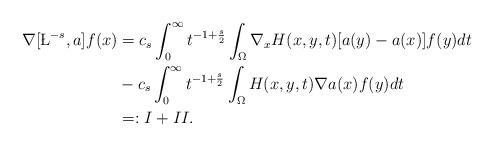
LaTeX: \begin{align*}\nabla [\L^{-s}, a] f(x)&=c_s\int_0^\infty t^{-1+\frac s2}\int_\Omega \nabla_xH(x, y, t)[a(y)-a(x)]f(y)dt\\&-c_s\int_0^\infty t^{-1+\frac s2}\int_\Omega H(x, y, t)\nabla a(x)f(y)dt\\&=:I +II.\end{align*}